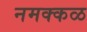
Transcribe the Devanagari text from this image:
नमक्कळ